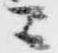
ニ